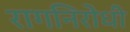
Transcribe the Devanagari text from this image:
रागनिरोधी